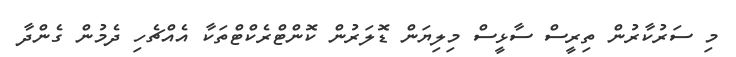
މި ސަރުކާރުން ތިރީސް ސާޅީސް މިލިޔަން ޑޮލަރުން ކޮންޓްރެކްޓްތަކާ އެއްޗެހި ދެމުން ގެންދާ